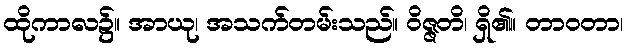
ထိုကာလ၌။ အာယု၊ အသက်တမ်းသည်။ ဝိဇ္ဇတိ၊ ရှိ၏။ တာဝတာ၊